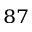
^ { 8 7 }